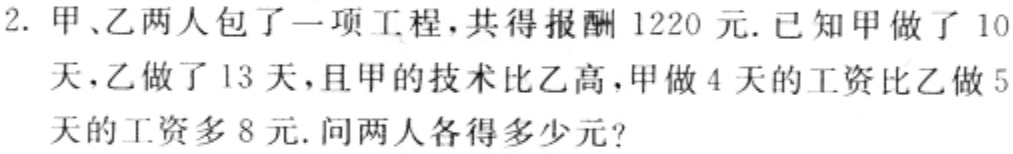
2. 甲、乙两人包了一项工程，共得报酬 1220 元. 已知甲做了 10天，乙做了 13 天，且甲的技术比乙高，甲做 4 天的工资比乙做 5天的工资多 8 元. 问两人各得多少元?